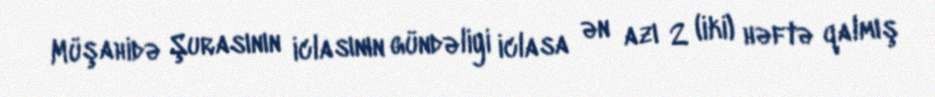
Müşahidə Şurasının iclasının gündəliyi iclasa ən azı 2 (iki) həftə qalmış